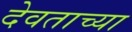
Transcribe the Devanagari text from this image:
देवताच्या